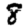
Digit: 8